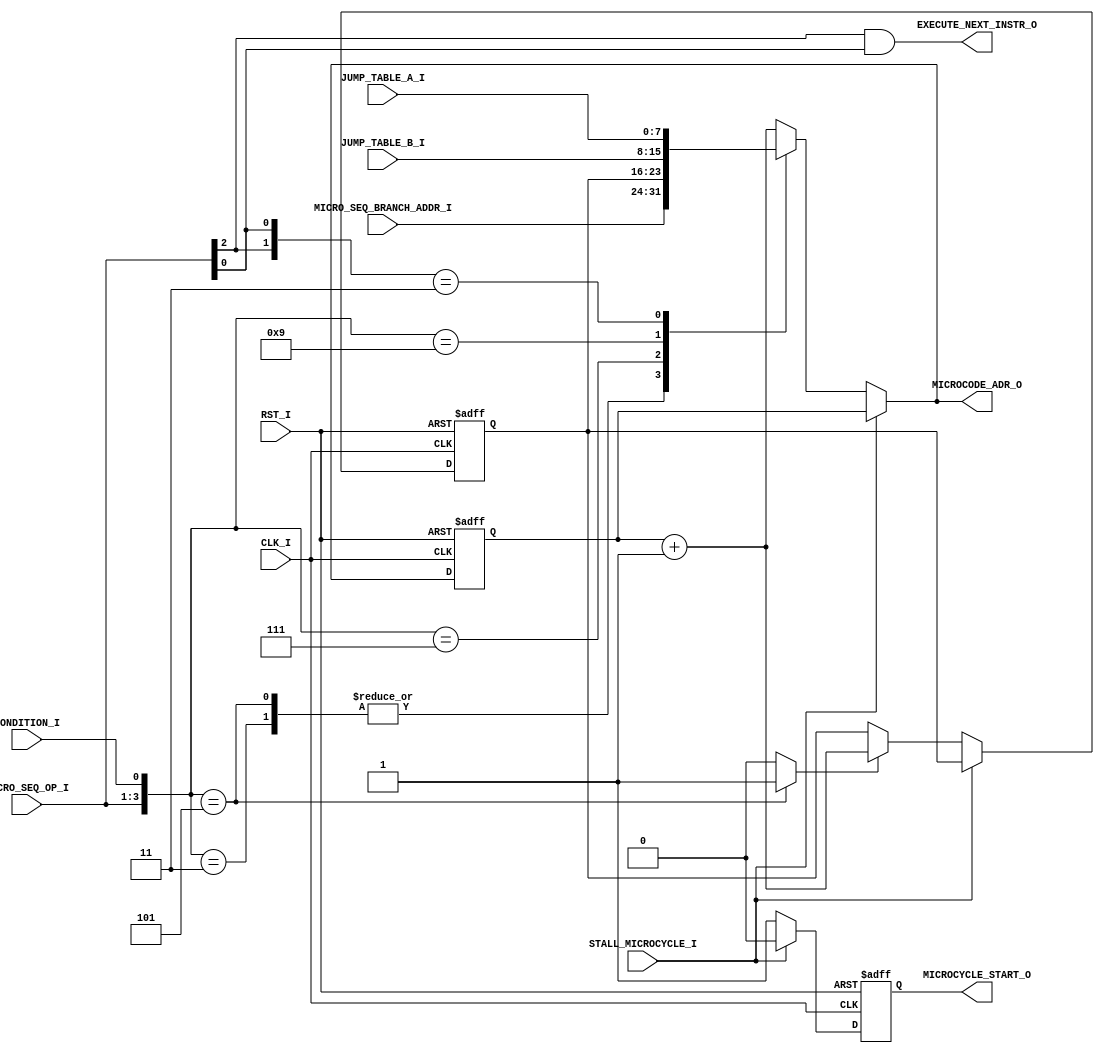
// [TURBO9_HEADER_START]
//////////////////////////////////////////////////////////////////////////////
//                          Turbo9 Microprocessor IP
//////////////////////////////////////////////////////////////////////////////
// Website: www.turbo9.org
// Contact: team[at]turbo9[dot]org
//////////////////////////////////////////////////////////////////////////////
// [TURBO9_LICENSE_START]
// BSD-1-Clause
//
// Copyright (c) 2020-2023
// Kevin Phillipson
// Michael Rywalt
// All rights reserved.
//
// Redistribution and use in source and binary forms, with or without
// modification, are permitted provided that the following conditions are met:
//
// 1. Redistributions of source code must retain the above copyright notice,
//    this list of conditions and the following disclaimer.
//
// THIS SOFTWARE IS PROVIDED BY THE COPYRIGHT HOLDERS AND CONTRIBUTORS "AS IS"
// AND ANY EXPRESS OR IMPLIED WARRANTIES, INCLUDING, BUT NOT LIMITED TO, THE
// IMPLIED WARRANTIES OF MERCHANTABILITY AND FITNESS FOR A PARTICULAR PURPOSE
// ARE DISCLAIMED. IN NO EVENT SHALL THE COPYRIGHT HOLDERS AND CONTRIBUTORS BE
// LIABLE FOR ANY DIRECT, INDIRECT, INCIDENTAL, SPECIAL, EXEMPLARY, OR
// CONSEQUENTIAL DAMAGES (INCLUDING, BUT NOT LIMITED TO, PROCUREMENT OF
// SUBSTITUTE GOODS OR SERVICES; LOSS OF USE, DATA, OR PROFITS; OR BUSINESS
// INTERRUPTION) HOWEVER CAUSED AND ON ANY THEORY OF LIABILITY, WHETHER IN
// CONTRACT, STRICT LIABILITY, OR TORT (INCLUDING NEGLIGENCE OR OTHERWISE)
// ARISING IN ANY WAY OUT OF THE USE OF THIS SOFTWARE, EVEN IF ADVISED OF THE
// POSSIBILITY OF SUCH DAMAGE.
// [TURBO9_LICENSE_END]
//////////////////////////////////////////////////////////////////////////////
// Description: Turbo9 microsequencer
//
//////////////////////////////////////////////////////////////////////////////
// History:
// 07.14.2023 - Kevin Phillipson
//   File header added
//
//////////////////////////////////////////////////////////////////////////////
// [TURBO9_HEADER_END]

/////////////////////////////////////////////////////////////////////////////
//                                MODULE
/////////////////////////////////////////////////////////////////////////////
module turbo9_microsequencer
(
  // Inputs: Clock & Reset
  input          RST_I,
  input          CLK_I,
  // Inputs         
  input          STALL_MICROCYCLE_I,
  input          CONDITION_I,
  input    [2:0] MICRO_SEQ_OP_I,
  input    [7:0] MICRO_SEQ_BRANCH_ADDR_I,
  input    [7:0] JUMP_TABLE_A_I,
  input    [7:0] JUMP_TABLE_B_I,
  // Outputs
  output         MICROCYCLE_START_O,
  output   [7:0] MICROCODE_ADR_O,
  output         EXECUTE_NEXT_INSTR_O
);


/////////////////////////////////////////////////////////////////////////////
//                             INTERNAL SIGNALS
/////////////////////////////////////////////////////////////////////////////

reg    [7:0] micro_pc_reg;
reg    [7:0] micro_pc_nxt;
wire   [7:0] micro_pc_inc;
localparam   micro_pc_rst = 8'h00;

reg          return_load;
reg    [7:0] return_reg;
localparam   return_rst = 8'h00;

reg          microcycle_start_reg;
localparam   microcycle_start_rst = 1'b1;

// Note this encoding is critical.
// OP_JUMP_TABLE_A_NEXT_PC is partially decoded for speed
localparam  OP_CONTINUE             = 3'b000;
localparam  OP_JUMP                 = 3'b001;
localparam  OP_CALL                 = 3'b010;
localparam  OP_RETURN               = 3'b011;
localparam  OP_JUMP_TABLE_B         = 3'b100;
localparam  OP_JUMP_TABLE_A_NEXT_PC = 3'b1?1;

/////////////////////////////////////////////////////////////////////////////


/////////////////////////////////////////////////////////////////////////////
//                            NEXT STATE LOGIC
/////////////////////////////////////////////////////////////////////////////

assign micro_pc_inc = micro_pc_reg + 8'h01;

always @* begin
  
  // Default State
  micro_pc_nxt = micro_pc_rst;
  return_load  = 1'b0;

  // Next State Logic
  //unique casez ({MICRO_SEQ_OP_I, CONDITION_I}) // FIXME optimize logic
  casez ({MICRO_SEQ_OP_I, CONDITION_I})
    ////////////////////////////////////////// Conditional Cases
    {OP_CONTINUE, 1'b1}: begin
      micro_pc_nxt = micro_pc_inc;
    end
    //
    {OP_JUMP, 1'b1}: begin
      micro_pc_nxt = MICRO_SEQ_BRANCH_ADDR_I;
    end
    //
    {OP_CALL, 1'b1}: begin
      return_load  = 1'b1;
      micro_pc_nxt = MICRO_SEQ_BRANCH_ADDR_I;
    end
    //
    {OP_RETURN, 1'b1}: begin
      micro_pc_nxt = return_reg;
    end
    //
    {OP_JUMP_TABLE_B, 1'b1}: begin
      micro_pc_nxt = JUMP_TABLE_B_I;
    end
    ////////////////////////////////////////// Unconditional Cases
    {OP_JUMP_TABLE_A_NEXT_PC, 1'b?}: begin
      micro_pc_nxt = JUMP_TABLE_A_I;
    end
    //
    default: begin // CONTINUE
      micro_pc_nxt = micro_pc_inc;
    end
  endcase

end
/////////////////////////////////////////////////////////////////////////////



/////////////////////////////////////////////////////////////////////////////
//                                REGISTERS
/////////////////////////////////////////////////////////////////////////////
always @(posedge CLK_I, posedge RST_I) begin
  if (RST_I) begin

    micro_pc_reg         <= micro_pc_rst;
    return_reg           <= return_rst;
    microcycle_start_reg <= microcycle_start_rst;

  end else begin

    if (~STALL_MICROCYCLE_I) begin
      micro_pc_reg  <= micro_pc_nxt;
      //    
      if (return_load)
        return_reg  <= micro_pc_inc;
      //
      microcycle_start_reg <= 1'b1;
    end else begin
      microcycle_start_reg <= 1'b0;
    end
  end
end
/////////////////////////////////////////////////////////////////////////////


/////////////////////////////////////////////////////////////////////////////
//                             ASSIGN OUTPUTS
/////////////////////////////////////////////////////////////////////////////

assign MICROCYCLE_START_O   = microcycle_start_reg;
assign MICROCODE_ADR_O      = STALL_MICROCYCLE_I ? micro_pc_reg : micro_pc_nxt;
assign EXECUTE_NEXT_INSTR_O = MICRO_SEQ_OP_I[2] & MICRO_SEQ_OP_I[0]; // OP_JUMP_TABLE_A_NEXT_PC

/////////////////////////////////////////////////////////////////////////////

endmodule